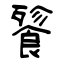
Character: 餮